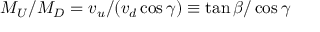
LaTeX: M _ { U } / M _ { D } = v _ { u } / ( v _ { d } \cos \gamma ) \equiv \tan \beta / \cos \gamma \,